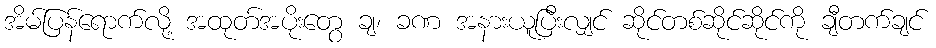
အိမ်ပြန်ရောက်လို့ အထုတ်အပိုးတွေ ချ၊ ခဏ အနားယူပြီးလျှင် ဆိုင်တစ်ဆိုင်ဆိုင်ကို ချီတက်ချင်